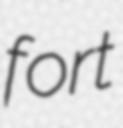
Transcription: fort